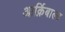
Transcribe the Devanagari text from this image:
आर्क़िबाल्ड